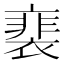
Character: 𧜏